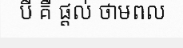
បី គឺ ផ្តល់ ថាមពល